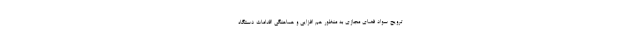
ترویج سواد فضای مجازی به منظور هم افزایی و هماهنگی اقدامات دستگاه